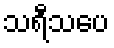
သရီသပေ